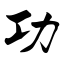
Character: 功